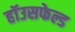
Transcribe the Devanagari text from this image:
हॉउसफेल्ड